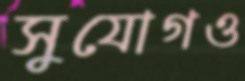
সুযোগও